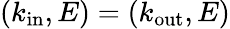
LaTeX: (k_{\textrm{in}},E)=(k_{\textrm{out}},E)